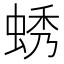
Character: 蜏